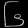
Digit: ၆